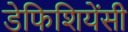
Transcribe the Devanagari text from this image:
डेफिशियेंसी